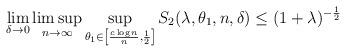
LaTeX: \begin{align*}\lim_{\delta\to 0} \limsup_{n \to \infty} \sup_{\theta_1\in \left[ \frac{c\log n}{n}, \frac{1}{2} \right]} S_2(\lambda, \theta_1, n, \delta) \le (1+\lambda)^{-\frac{1}{2}} \end{align*}